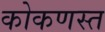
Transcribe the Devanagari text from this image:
कोकणस्त